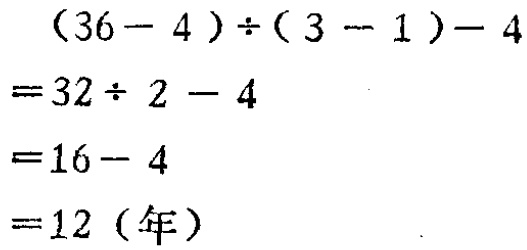
\[

\begin{align*}

&(36 - 4)\div(3 - 1)-4\\

=&32\div2 - 4\\

=&16 - 4\\

=&12 (\text{年})

\end{align*}

\]